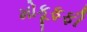
મોકૂફફી